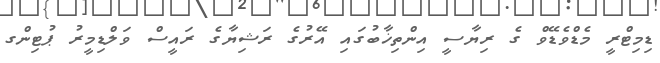
ޑިމިޓްރީ މެޑްވެޑޭވް ގެ ރިޔާސީ އިންތިޚާބުގައި އޭރުގެ ރަޝިޔާގެ ރައީސް ވަލްޑިމީރު ޕުޓިންގ